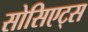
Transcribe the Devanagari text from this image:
सोसिएट्स